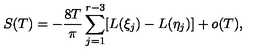
S ( T ) = - \frac { 8 T } { \pi } \sum _ { j = 1 } ^ { r - 3 } [ L ( \xi _ { j } ) - L ( \eta _ { j } ) ] + o ( T ) ,